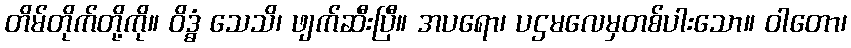
တိမ်တိုက်တို့ကို။ ဝိဒ္ဓံ သေသိ၊ ဖျက်ဆီးပြီ။ အပရော၊ ပဌမလေမှတစ်ပါးသော။ ဝါတော၊